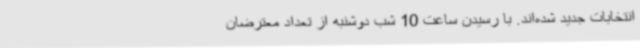
انتخابات جدید شده‌اند. با رسیدن ساعت 10 شب دوشنبه از تعداد معترضان